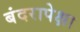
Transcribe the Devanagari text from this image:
बंदरापेक्षा